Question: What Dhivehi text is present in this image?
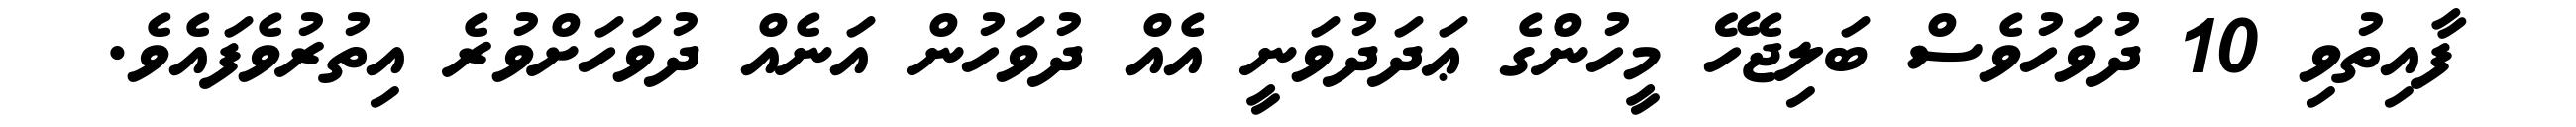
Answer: ފާއިތުވި 10 ދުވަހުވެސް ބަލިޖެހޭ މީހުންގެ ޢަދަދުވަނީ އެއް ދުވަހުން އަނެއް ދުވަހަށްވުރެ އިތުރުވެފައެވެ.